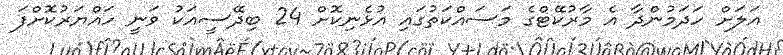
އަލަށް ހަދަމުންދާ އެ މާރުކޭޓްގެ މަސައްކަތުގައި އުޅެނިކޮށް 24 ބިދޭސީއަކު ވަނީ ހައްޔަރުކޮށްފަ